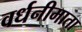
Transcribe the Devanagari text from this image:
वर्धनीमाता